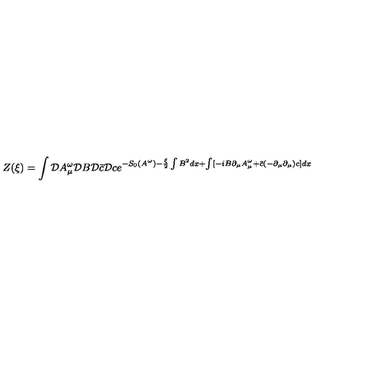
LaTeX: Z ( \xi ) = \int { \cal D } A _ { \mu } ^ { \omega } { \cal D } B { \cal D } \bar { c } { \cal D } c e ^ { - S _ { 0 } ( A ^ { \omega } ) - \frac { \xi } { 2 } \int B ^ { 2 } d x + \int [ - i B \partial _ { \mu } A _ { \mu } ^ { \omega } + \bar { c } ( - \partial _ { \mu } \partial _ { \mu } ) c ] d x }